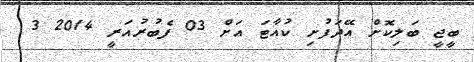
ބީޖީ ބަލިކޮށް އޭދަފުށި ކުއާޓަ އަށް 03 ފެބުރުއަރީ 2014 3